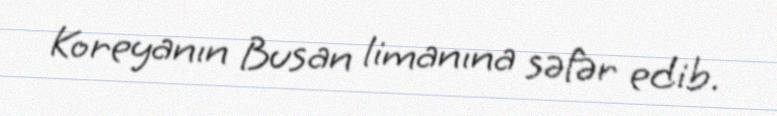
Koreyanın Busan limanına səfər edib.